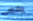
يحمى